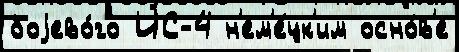
боjево́го ИС-4 н'ем'е́цк'им осно́в'е